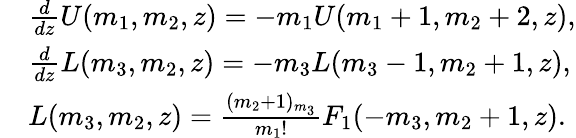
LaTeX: \begin{array}{rl}&{\frac{d}{dz}U(m_{1},m_{2},z)=-m_{1}U(m_{1}+1,m_{2}+2,z),}\\ &{\frac{d}{dz}L(m_{3},m_{2},z)=-m_{3}L(m_{3}-1,m_{2}+1,z),}\\ &{L(m_{3},m_{2},z)=\frac{(m_{2}+1)_{m_{3}}}{m_{1}!}F_{1}(-m_{3},m_{2}+1,z).}\end{array}